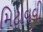
મિટાવવી